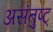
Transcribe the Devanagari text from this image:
असंतुष्ट्